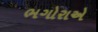
ભગોરાએ